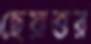
ছেয়াত্তর